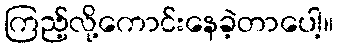
ကြည့်လို့ကောင်းနေခဲ့တာပေါ့။